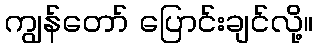
ကျွန်တော် ပြောင်းချင်လို့။